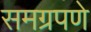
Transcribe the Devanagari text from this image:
समग्रपणे